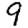
Digit: 9